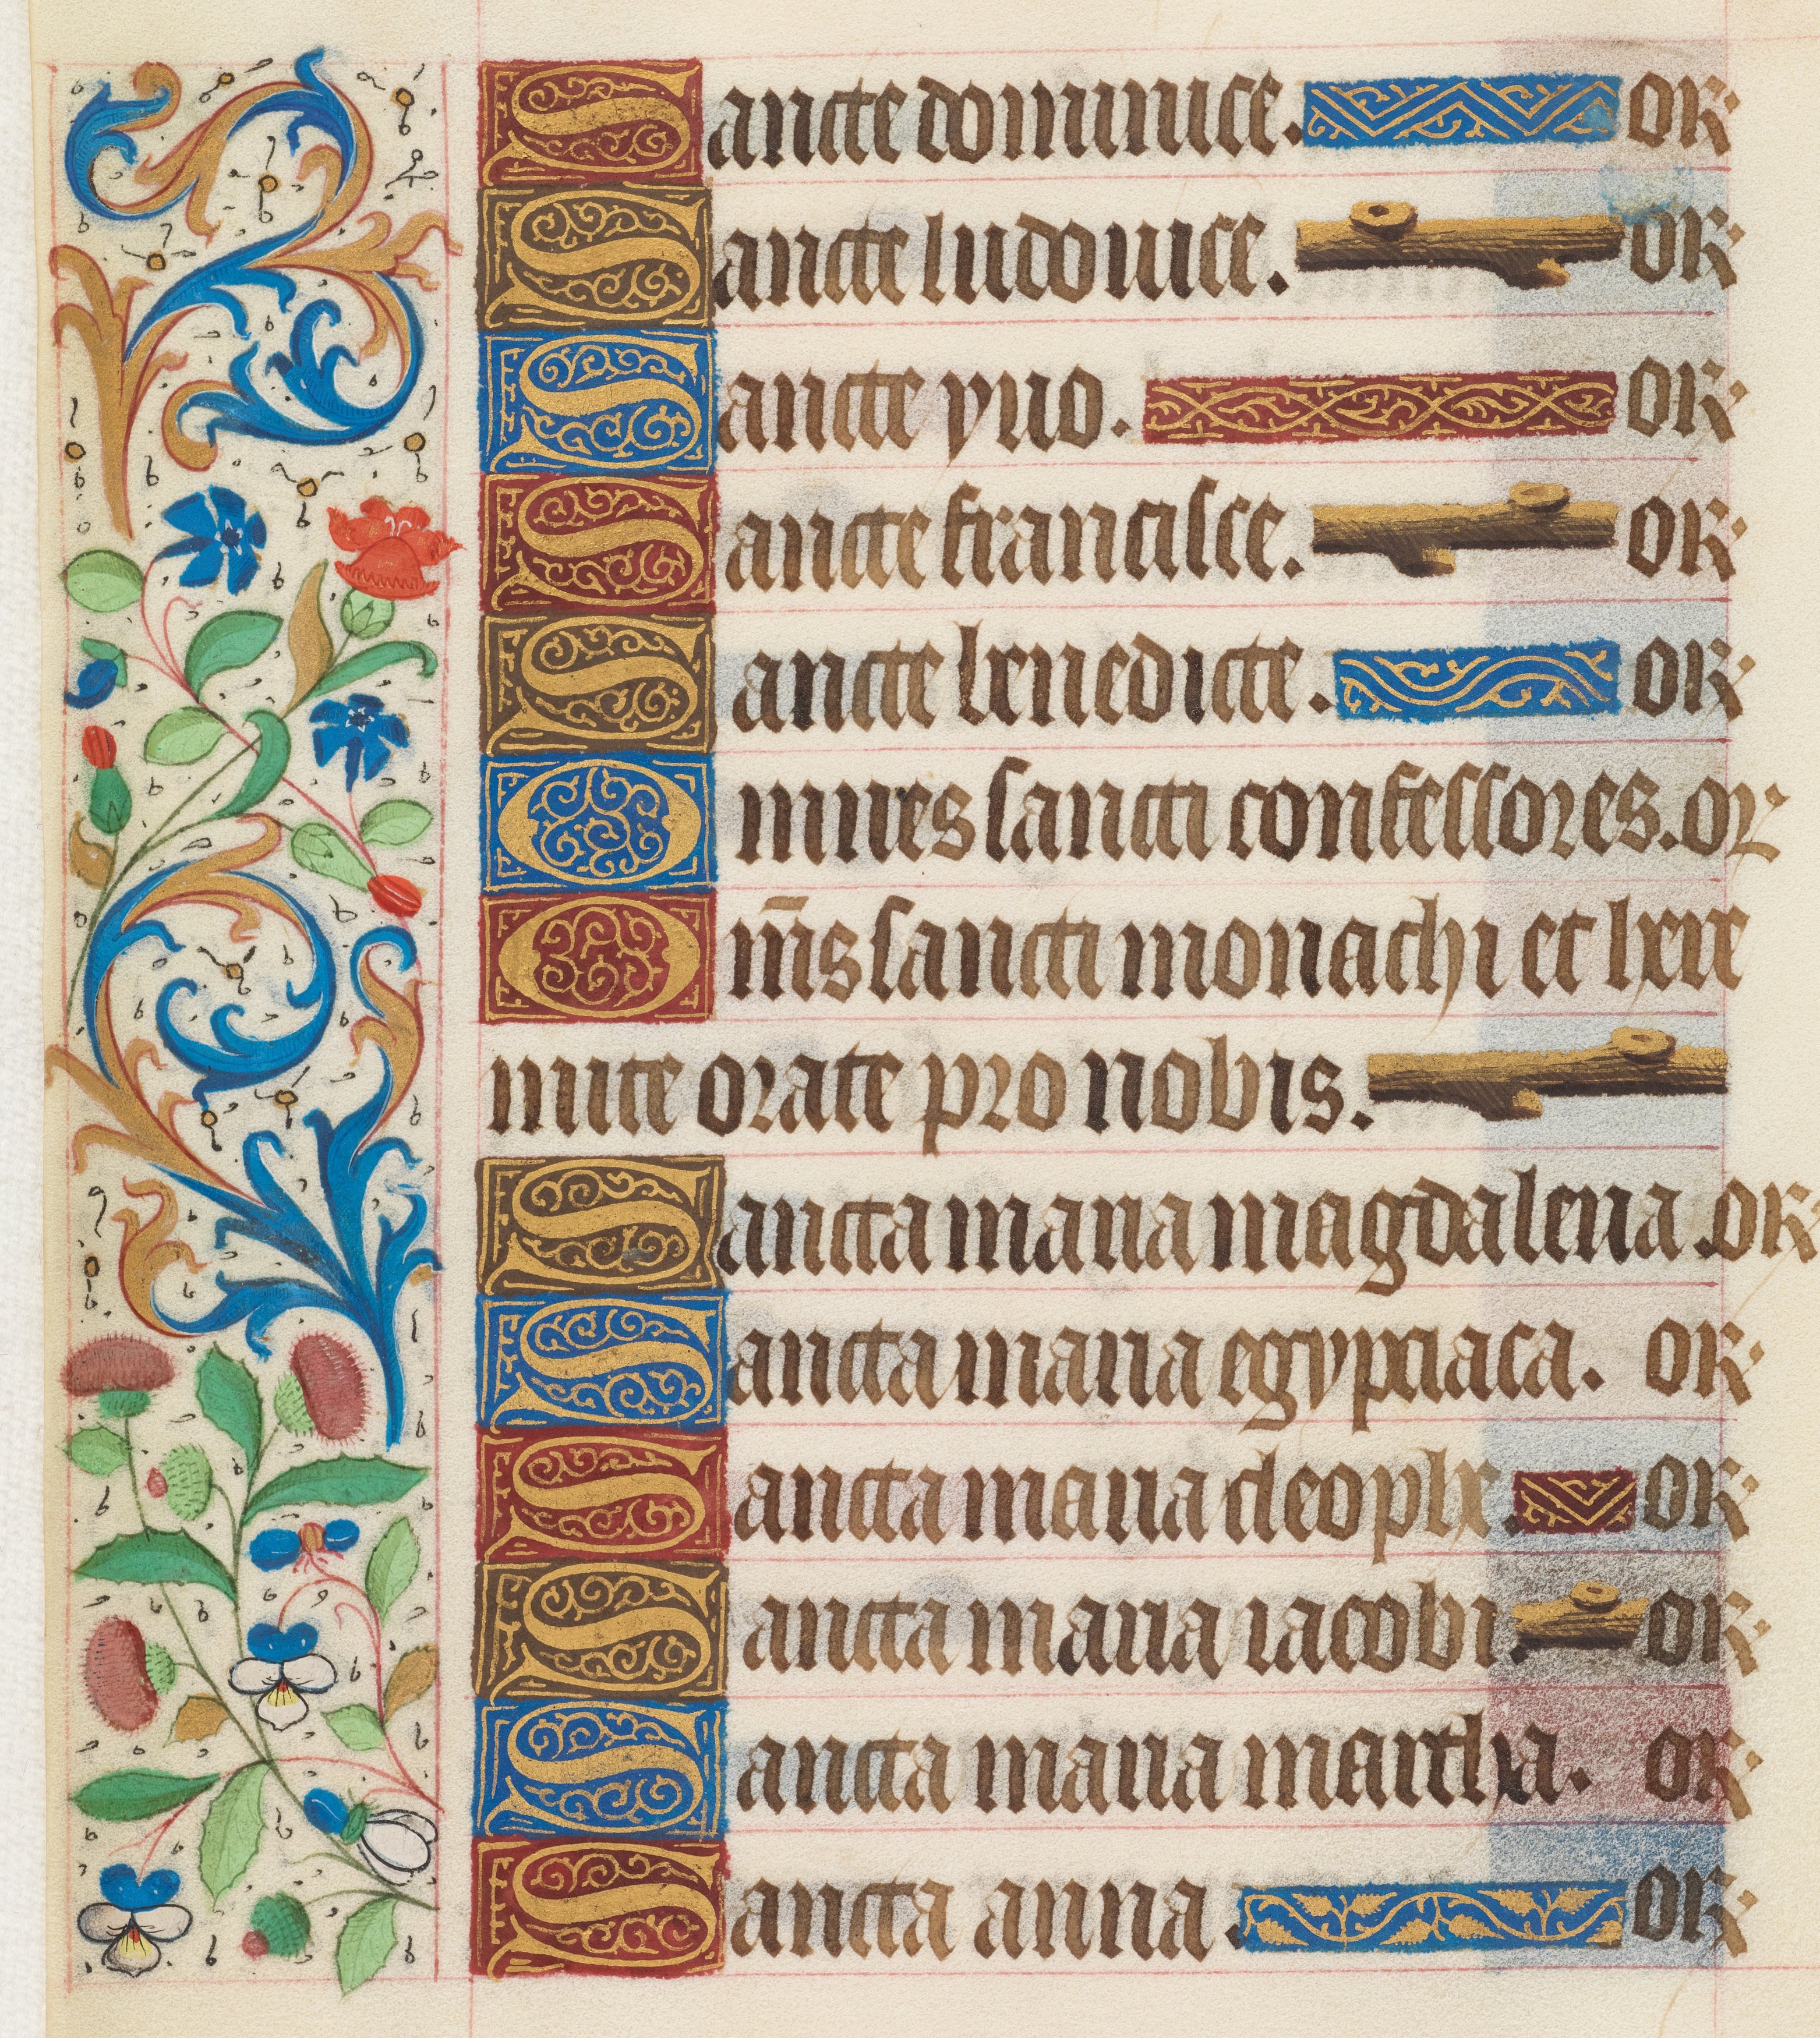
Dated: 1425–1449